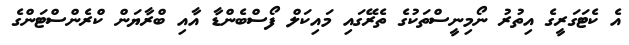
އެ ކެޓަގަރީގެ އިތުރު ނޯމިނީސްތަކުގެ ތެރޭގައި މައިކަލް ފޯސްބެންޑާ އާއި ބްރާޔަން ކްރެންސްޓަންގެ